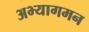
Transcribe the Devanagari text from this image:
अभ्यागमन